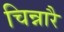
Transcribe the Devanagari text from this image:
चिन्नारै